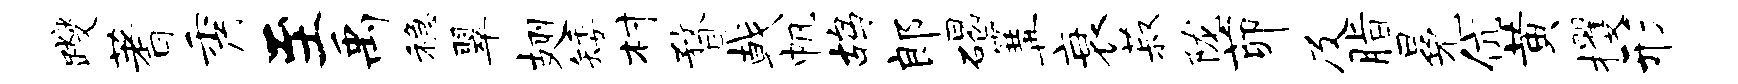
躞蓍秀至禹稳翠翅矮村瞀戟帆鸪郎碣篝衰菽陇茆及脂冕伉黄攫形